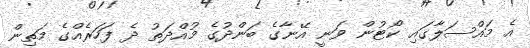
އެ މައްސަލާގައި ކޯޓުން ވަނީ އޭނާގެ ބަންދުގެ މުއްދަތު ދެ ފަހަރެއްގެ މަތިން